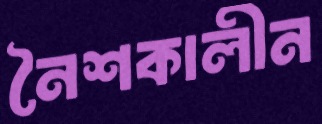
নৈশকালীন